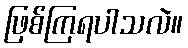
ဖြစ်ကြရပါသလဲ။